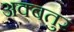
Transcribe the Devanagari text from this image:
अक्बतुर